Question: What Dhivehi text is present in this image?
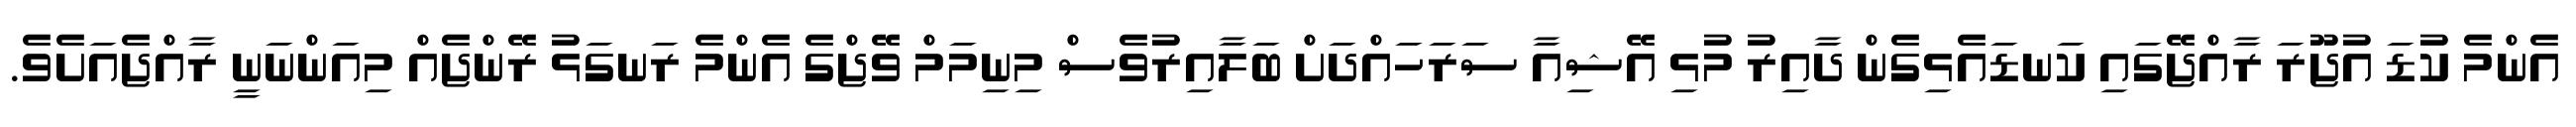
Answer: އެންމެ ކުޑަ އުޖޫރަ ރާއްޖޭގައި ކަނޑައެޅިގެން ދާއިރު މުޅި އޭޝިއާ ސަރަހައްދަށް ބަލާއިރުވެސް މިނިމަމް ވޭޖްގެ އެންމެ ރަނގަޅު ރޭންޖެއް މިއަންނަނީ ރާއްޖެއަށެވެ.